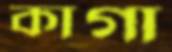
কাগা